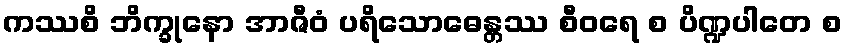
ကဿစိ ဘိက္ခုနော အာဇီဝံ ပရိသောဓေန္တဿ စီဝရေ စ ပိဏ္ဍပါတေ စ